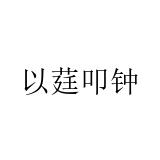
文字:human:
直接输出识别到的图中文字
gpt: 以莛叩钟